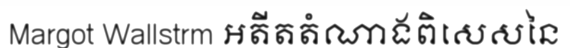
Margot Wallstrm អតីតតំណាងពិសេសនៃ